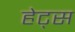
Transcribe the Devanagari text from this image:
हेट्स